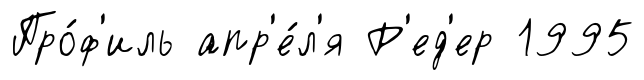
Про́ф'иль апр'е́л'я Р'ед'ер 1995